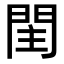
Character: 𨳳